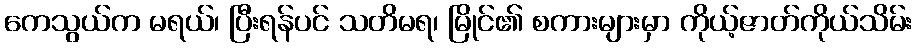
ကေသွယ်က မရယ်၊ ပြီးရန်ပင် သတိမရ၊ မြိုင်၏ စကားများမှာ ကိုယ့်ဇာတ်ကိုယ်သိမ်း